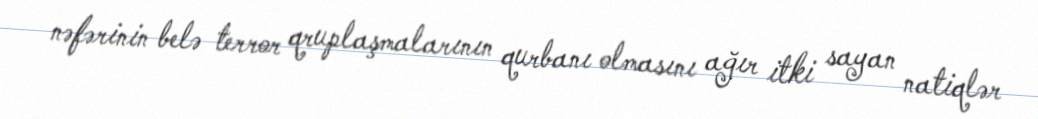
nəfərinin belə terror qruplaşmalarının qurbanı olmasını ağır itki sayan natiqlər